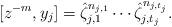
LaTeX: \begin{align*}[z^{-m},y_j]=\hat\zeta_{j,1}^{n_{j,1}}\cdots\hat\zeta_{j,t_j}^{n_{j,t_j}}.\end{align*}